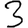
Digit: 3